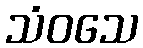
သံဝသေ